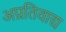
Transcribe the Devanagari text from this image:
अप्रतिवाद्य